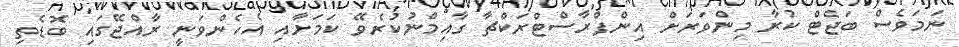
ނަމަވެސް ބަޖެޓް ކުރާ މިންވަރަށް އިންފްރާސްޓްރަކްޗާ ގާއިމްނުކުރެވޭ ކަމަށާއި އެހެންވަނީ ރާއްޖޭގައި ބޮޑެތި